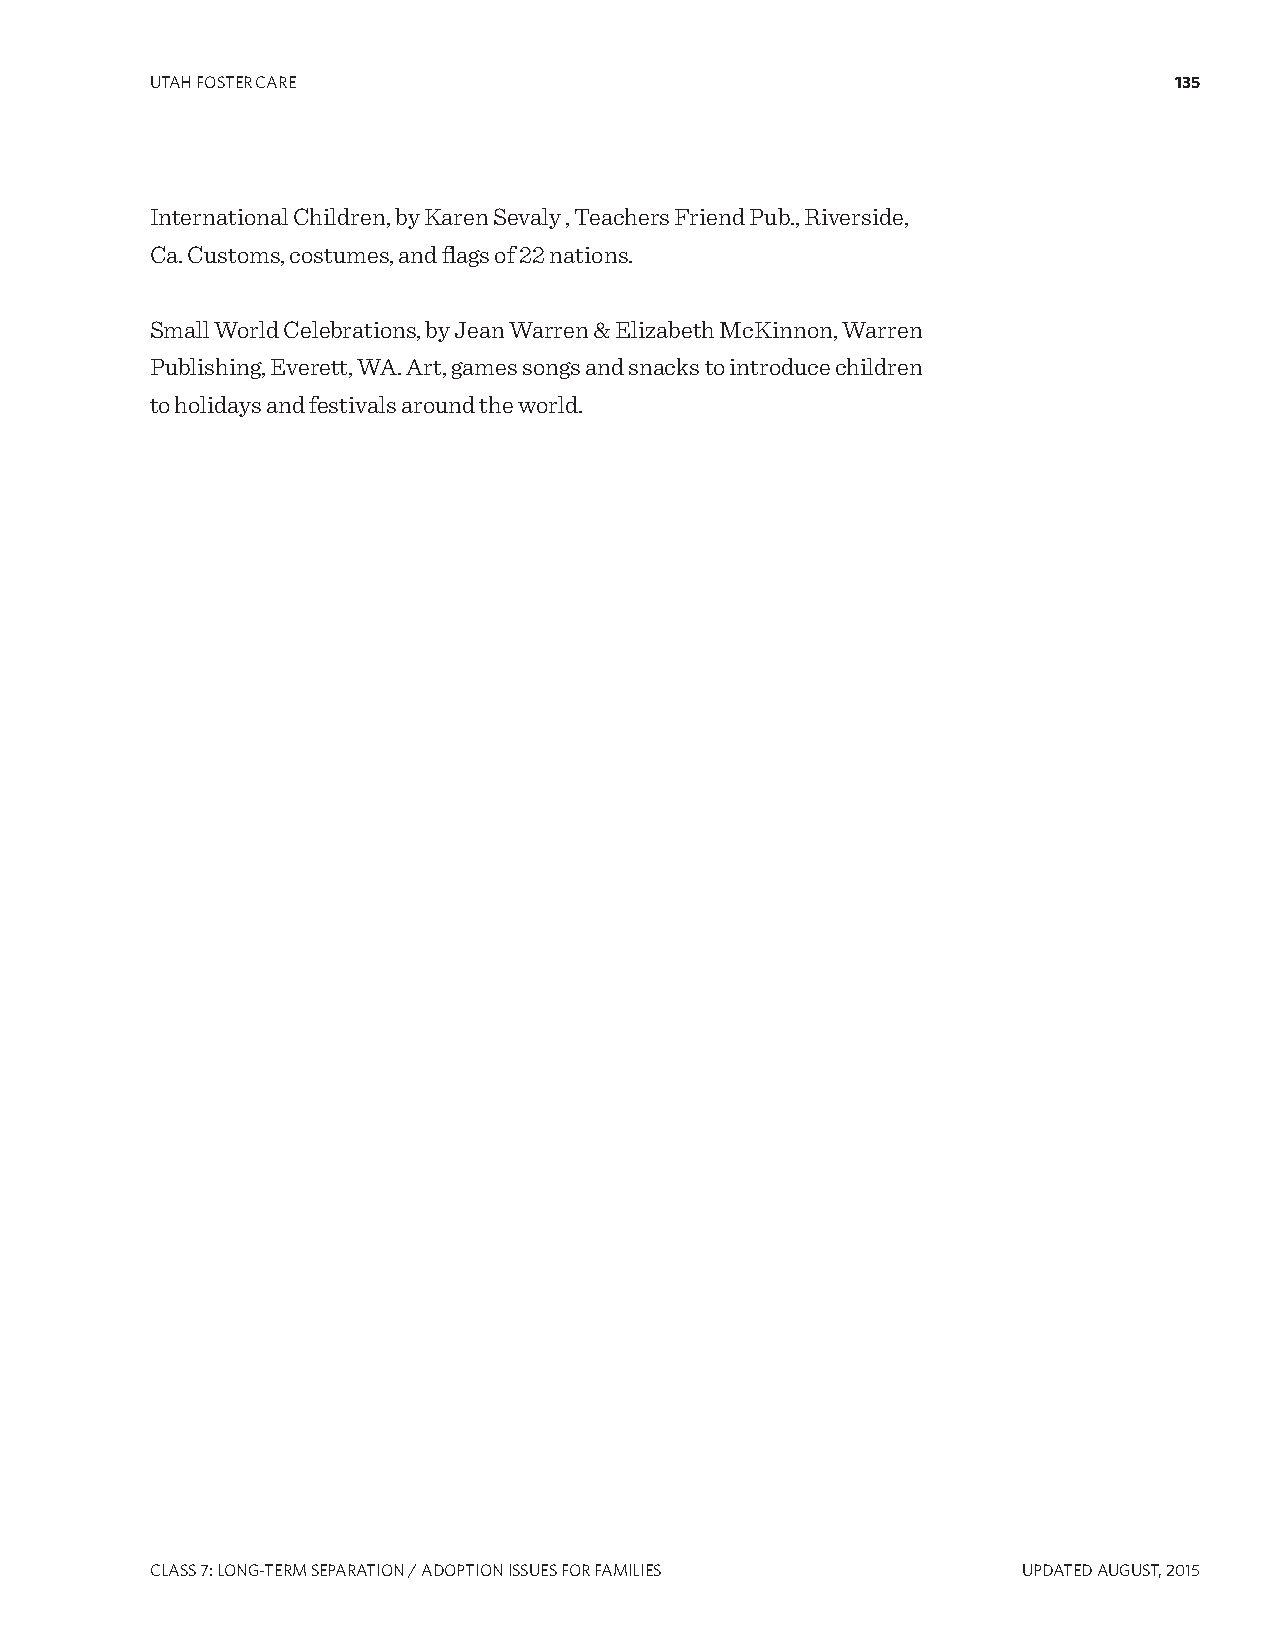
UTAH FOSTER CARE                                                    135
 International Children, by Karen Sevaly , Teachers Friend Pub., Riverside,
 Ca. Customs, costumes, and flags of 22 nations.
 Small World Celebrations, by Jean Warren & Elizabeth McKinnon, Warren
 Publishing, Everett, WA. Art, games songs and snacks to introduce children
 to holidays and festivals around the world.
 CLASS 7: LONg-TERM SEPARATION / ADOPTION ISSUES FOR FAMILIES UPDATED AUgUST, 2015